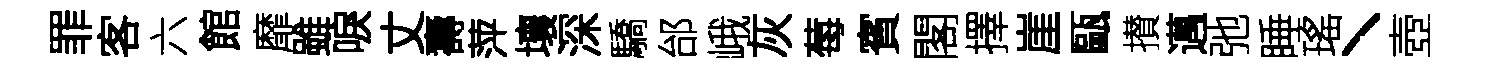
罪客六館靡雖唳丈壽萍壤深驕邰峨灰莓賓閣擇崖甌攅邁弛睡瑤丶壺